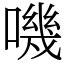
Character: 嘰